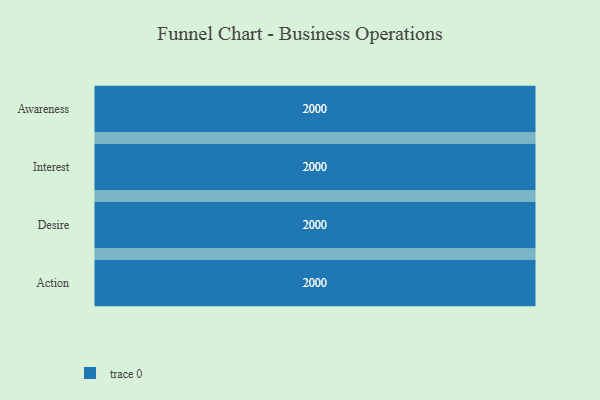
{"axis": {"x": "Stage", "y": "Value"}, "legend": [""], "data": [{"x": "Awareness", "y": 2000, "type": ""}, {"x": "Interest", "y": 2000, "type": ""}, {"x": "Desire", "y": 2000, "type": ""}, {"x": "Action", "y": 2000, "type": ""}]}